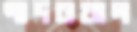
পাদওয়াল